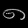
Digit: ၈